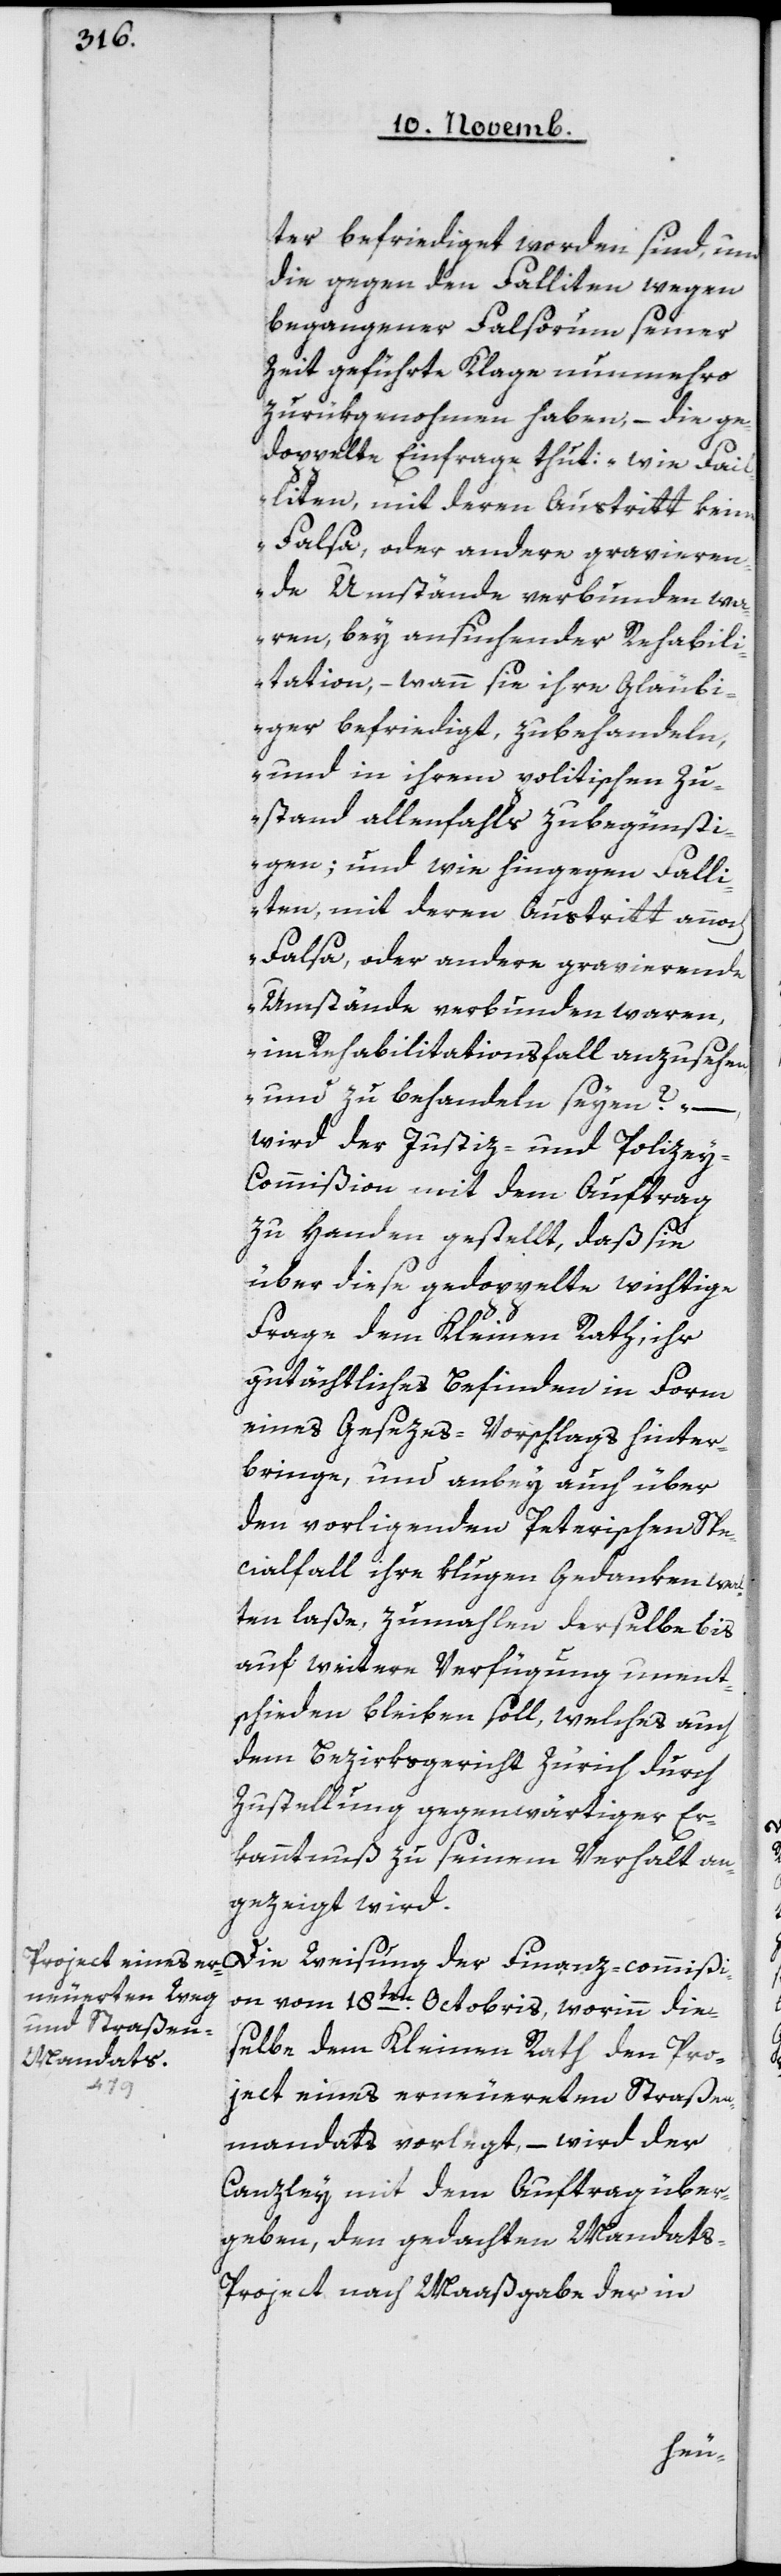
ter befriediget worden sind, und
die gegen den Falliten wegen
begangener Falsorum seiner
Zeit geführte Klage nunmehro
zurükgenohmen haben, – die ge¬
doppelte Einfrage thut: „wie Fail¬
liten, mit deren Austritt keine
Falsa oder andere gravieren¬
de Umstände verbunden wa¬
ren, bey ansuchender Rehabili¬
tation, – wann sie ihre Gläubi¬
ger befriedigt, zu behandeln
und in ihrem politischen Zu¬
stand allenfalls zu begünsti¬
gen; und wie hingegen Falli¬
ten, mit deren Austritt annoch
Falsa, oder andere gravierende
Umstände verbunden waren,
im Rehabilitationsfall anzusehen
und zu behandeln seyen?“ –
wird der Justiz- und Polize¬
y-Commißion mit dem Auftrag
zu Handen gestellt, daß sie
über diese gedoppelte wichtige
Frage dem Kleinen Rath ihr
gutächtliches Befinden in Form
eines Gesezes-Vorschlags hinter¬
bringe, und anbey auch über
den vorliegenden Peterischen Spe¬
cialfall ihre klugen Gedanken wal¬
ten laße, zumahlen derselbe bis
auf weitere Verfügung unent¬
schieden bleiben soll, welches auch
dem Bezirksgericht Zürich durch
Zustellung gegenwärtiger Er¬
kanntnuß zu seinem Verhalt an¬
gezeigt wird.
Die Weisung der Finanz-commißi¬
on vom 18ten Octobris, worinn die¬
selbe dem Kleinen Rath den Pro¬
ject eines erneuerten Straßen¬
mandats vorlegt, – wird der
Canzley mit dem Auftrag über¬
geben, den gedachten Mandats-P¬
roject nach Maaßgabe der in